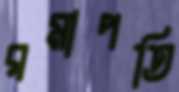
রমাপতি